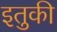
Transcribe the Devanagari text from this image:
इतुकी